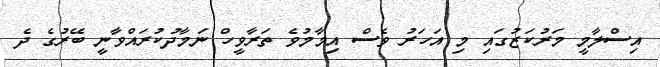
އިސްލާމީ މަރުކަޒުގައި މި އަހަރު ވެސް އިމާމުވެ ތަރާވީހް ނަމާދުކުރައްވާނީ ބޭރުގެ ދެ